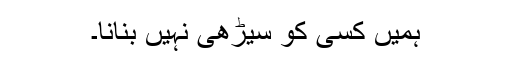
ہمیں کسی کو سیڑھی نہیں بنانا۔